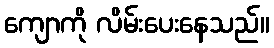
ကျောကို လိမ်းပေးနေသည်။